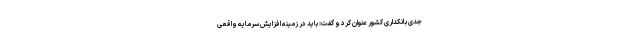
جدی بانکداری کشور عنوان کرد و گفت: باید در زمینه افزایش سرمایه واقعی